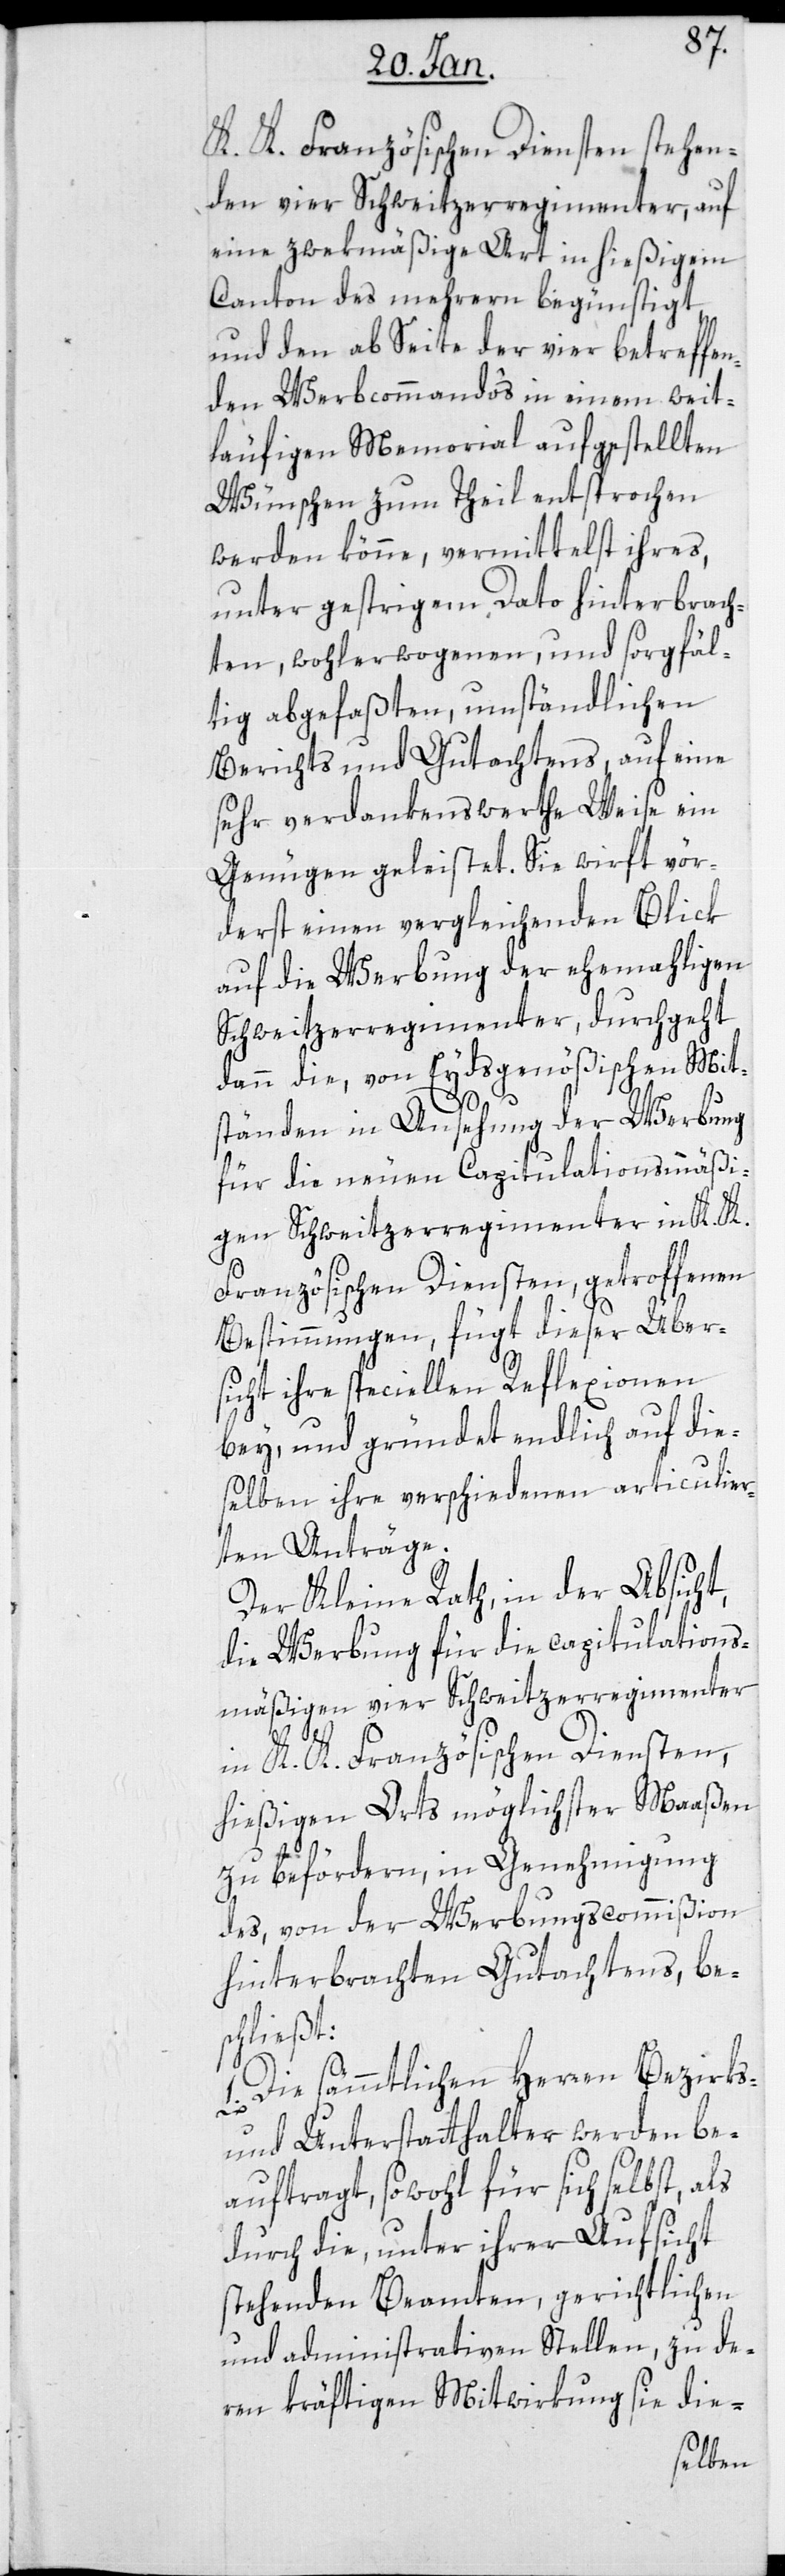
K.K. Französischen Diensten stehen¬
den vier Schweitzerregimenter, auf
eine zwekmäßige Art in hießigem
Canton des Mehrern begünstigt
und den ab Seite der vier betreffen¬
den Werbcommandos in einem weit¬
läufigen Memorial aufgestellten
Wünschen zum Theil entsprochen
werden könne, vermittelst ihres,
unter gestrigem Dato hinterbrach¬
ten, wohlerwogenen und sorgfäl¬
tig abgefaßten umständlichen
Berichts und Gutachtens auf eine
sehr verdankenswerthe Weise ein
Genügen geleistet. Sie wirft vör¬
derst einen vergleichenden Blick
auf die Werbung der ehemahligen
Schweitzerregimenter, durchgeht
dann die, von Eydsgenößischen Mit¬
ständen in Ansehung der Werbung
für die neuen Capitulationsmäßi¬
gen Schweitzerregimenter in K.K.
Französischen Diensten, getroffenen
Bestimmungen, fügt dieser Über¬
sicht ihre speciellen Reflexionen
bey, und gründet endlich auf die¬
selben ihre verschiedenen articulier¬
ten Anträge.
Der Kleine Rath, in der Absicht,
die Werbung für die capitulations¬
mäßigen vier Schweitzerregimenter
in K.K. Französischen Diensten,
hießigen Orts möglichster Maßen
zu befördern, in Genehmigung
des, von der Werbungscommißion
hinterbrachten Gutachtens, be¬
schließt:
1. Die sämtlichen Herren Bezirks-
und Unterstatthalter werden be¬
auftragt, sowohl für sich selbst, als
durch die, unter ihrer Aufsicht
stehenden Beamten, gerichtlichen
und administrativen Stellen, zu de¬
ren kräftigen Mitwirkung sie die-